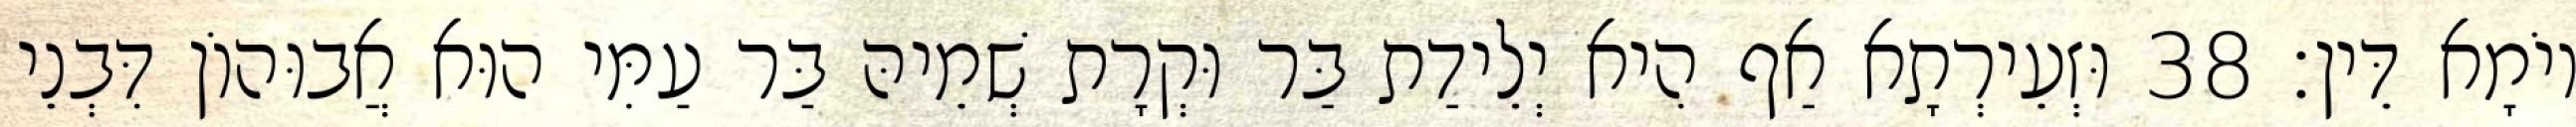
יוֹמָא דֵּין׃ 38 וּזְעֵירְתָא אַף הִיא יְלֵידַת בַּר וּקְרָת שְׁמֵיהּ בַּר עַמִּי הוּא אֲבוּהוֹן דִּבְנֵי